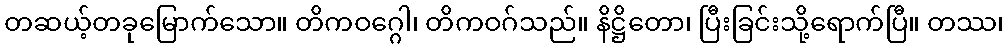
တဆယ့်တခုမြောက်သော။ တိကဝဂ္ဂေါ၊ တိကဝဂ်သည်။ နိဋ္ဌိတော၊ ပြီးခြင်းသို့ရောက်ပြီ။ တဿ၊